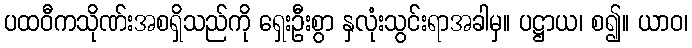
ပထဝီကသိုဏ်းအစရှိသည်ကို ရှေးဦးစွာ နှလုံးသွင်းရာအခါမှ။ ပဋ္ဌာယ၊ စ၍။ ယာဝ၊